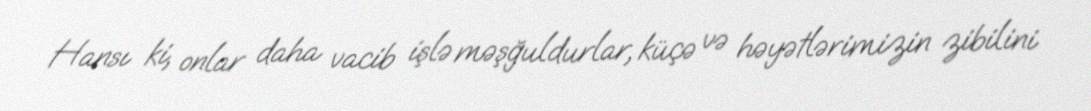
Hansı ki, onlar daha vacib işlə məşğuldurlar, küçə və həyətlərimizin zibilini